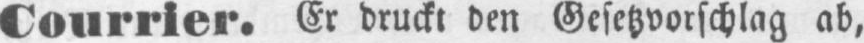
Courrier. Er druckt den Gesetzvorschlag ab,